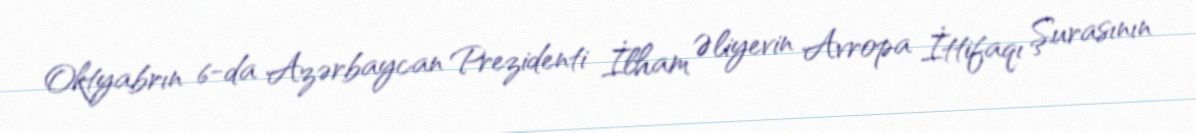
Oktyabrın 6-da Azərbaycan Prezidenti İlham Əliyevin Avropa İttifaqı Şurasının